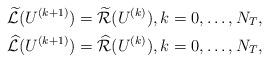
LaTeX: \begin{align*}\widetilde{\mathcal{L}}(U^{(k+1)}) = \widetilde{\mathcal{R}}(U^{(k)}), k=0,\dots, N_T,\\\widehat{\mathcal{L}}(U^{(k+1)}) = \widehat{\mathcal{R}}(U^{(k)}), k=0,\dots, N_T,\end{align*}